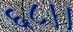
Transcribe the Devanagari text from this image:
६८।।